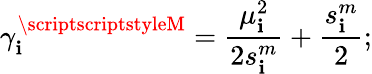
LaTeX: \gamma_{\mathbf{i}}^{{\scriptscriptstyleM}}=\frac{{\mu_{\mathbf{i}}^{2}}}{{2s_{\mathbf{i}}^{m}}}+\frac{{s_{\mathbf{i}}^{m}}}{2};